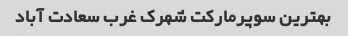
بهترین سوپرمارکت شهرک غرب سعادت آباد